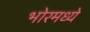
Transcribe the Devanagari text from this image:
भोरमध्ये